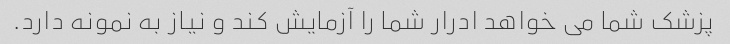
پزشک شما می خواهد ادرار شما را آزمایش کند و نیاز به نمونه دارد.